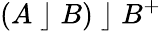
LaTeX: (A\; \rfloor\; B)\; \rfloor\; B^{+}